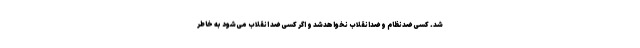
شد. کسی ضدنظام و ضدانقلاب نخواهدشد و اگر کسی ضد انقلاب می‌شود به خاطر